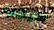
سيجب